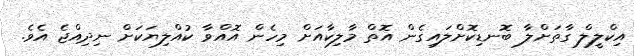
އިކްލީލް ގާތަށްލާ ބޮނޑިކޮށްލައިގެން އޮތް މާލިކާއަށް މިހެން އޮއްވާ ކުއްލިޔަކަށް ނިދިއްޖެ އެވެ.